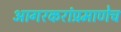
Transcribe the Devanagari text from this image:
आगरकरांप्रमाणेच